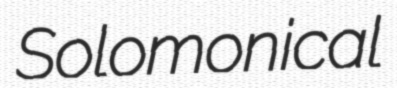
Solomonical